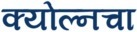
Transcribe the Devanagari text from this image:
क्योल्नचा